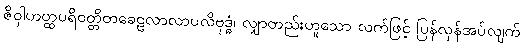
ဇိဝှါဟတ္ထပရိဝတ္တိတခေဠလာလာပလိဗုဒ္ဓံ၊ လျှာတည်းဟူသော လက်ဖြင့် ပြန်လှန်အပ်လျက်